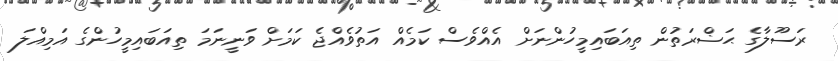
ރަސޫލާގެ ޙަޟްރަތުން ތިއަބައިމީހުންނަށް އެއްވެސް ކަމެއް އަތުވެއްޖެ ކަމަށް ވަނީނަމަ ތިއަބައިމީހުންގެ އަމިއްލަ